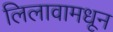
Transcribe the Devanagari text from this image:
लिलावामधून